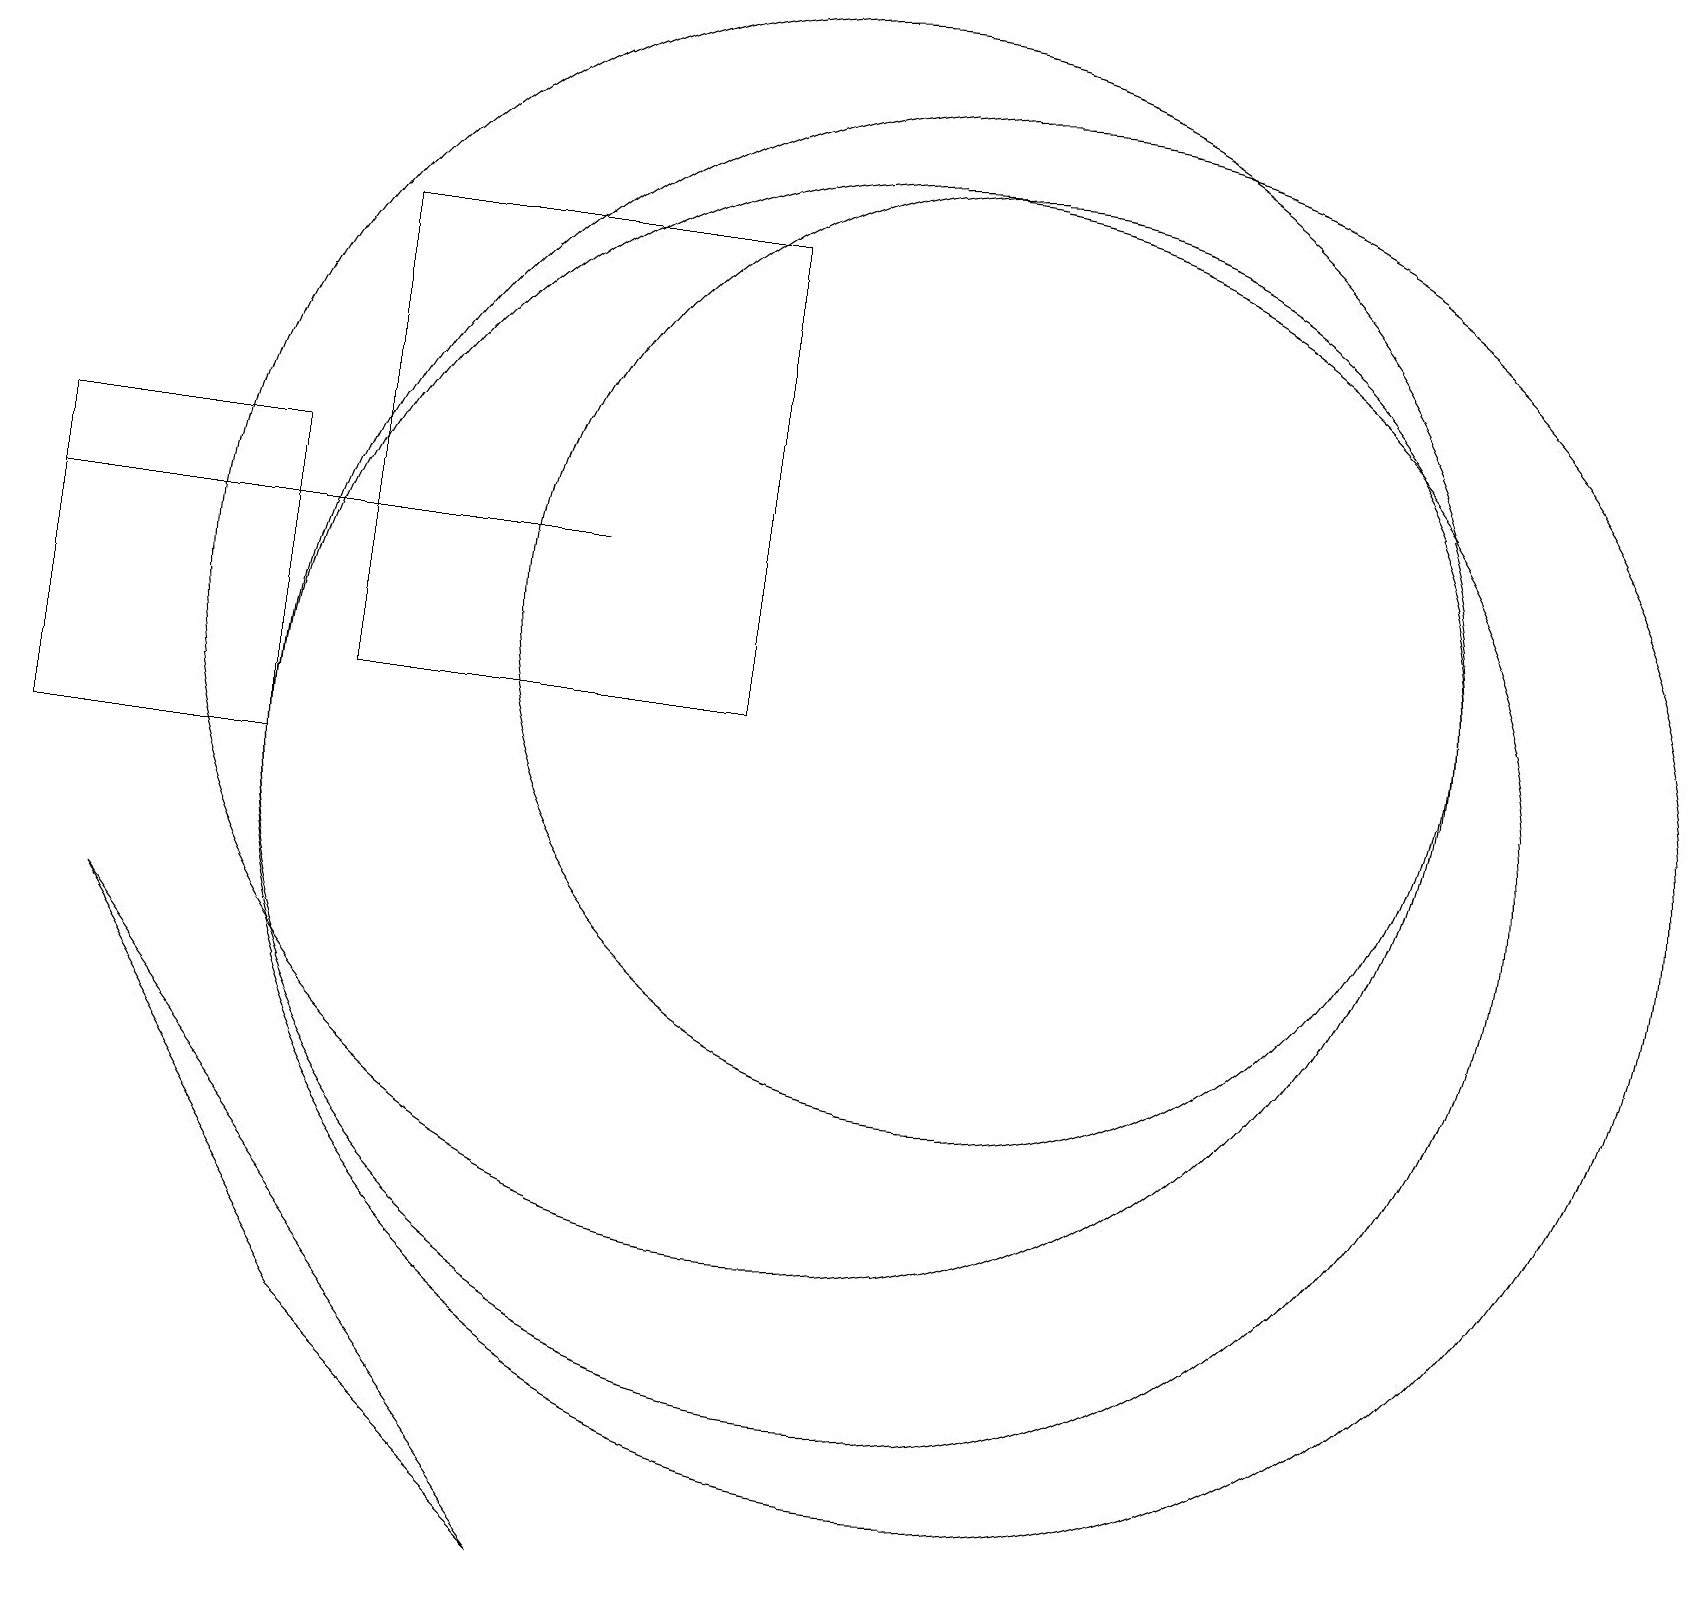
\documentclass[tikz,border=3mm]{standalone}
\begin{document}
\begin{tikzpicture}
\draw (3,10) rectangle (0,14);
\draw (11,10) circle (8);
\draw (4,17) rectangle (9,11);
\draw (10,12) circle (8);
\draw (0,13) rectangle (7,13);
\draw (12,12) circle (6);
\draw (7,0) -- (4,3) -- (1,8) -- cycle;
\draw (12,10) circle (9);
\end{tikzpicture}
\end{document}